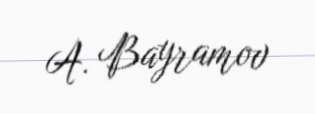
A. Bayramov